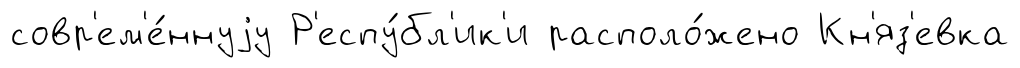
совр'ем'е́ннуjу Р'еспу́бл'ик'и располо́жено Кн'яз'евка